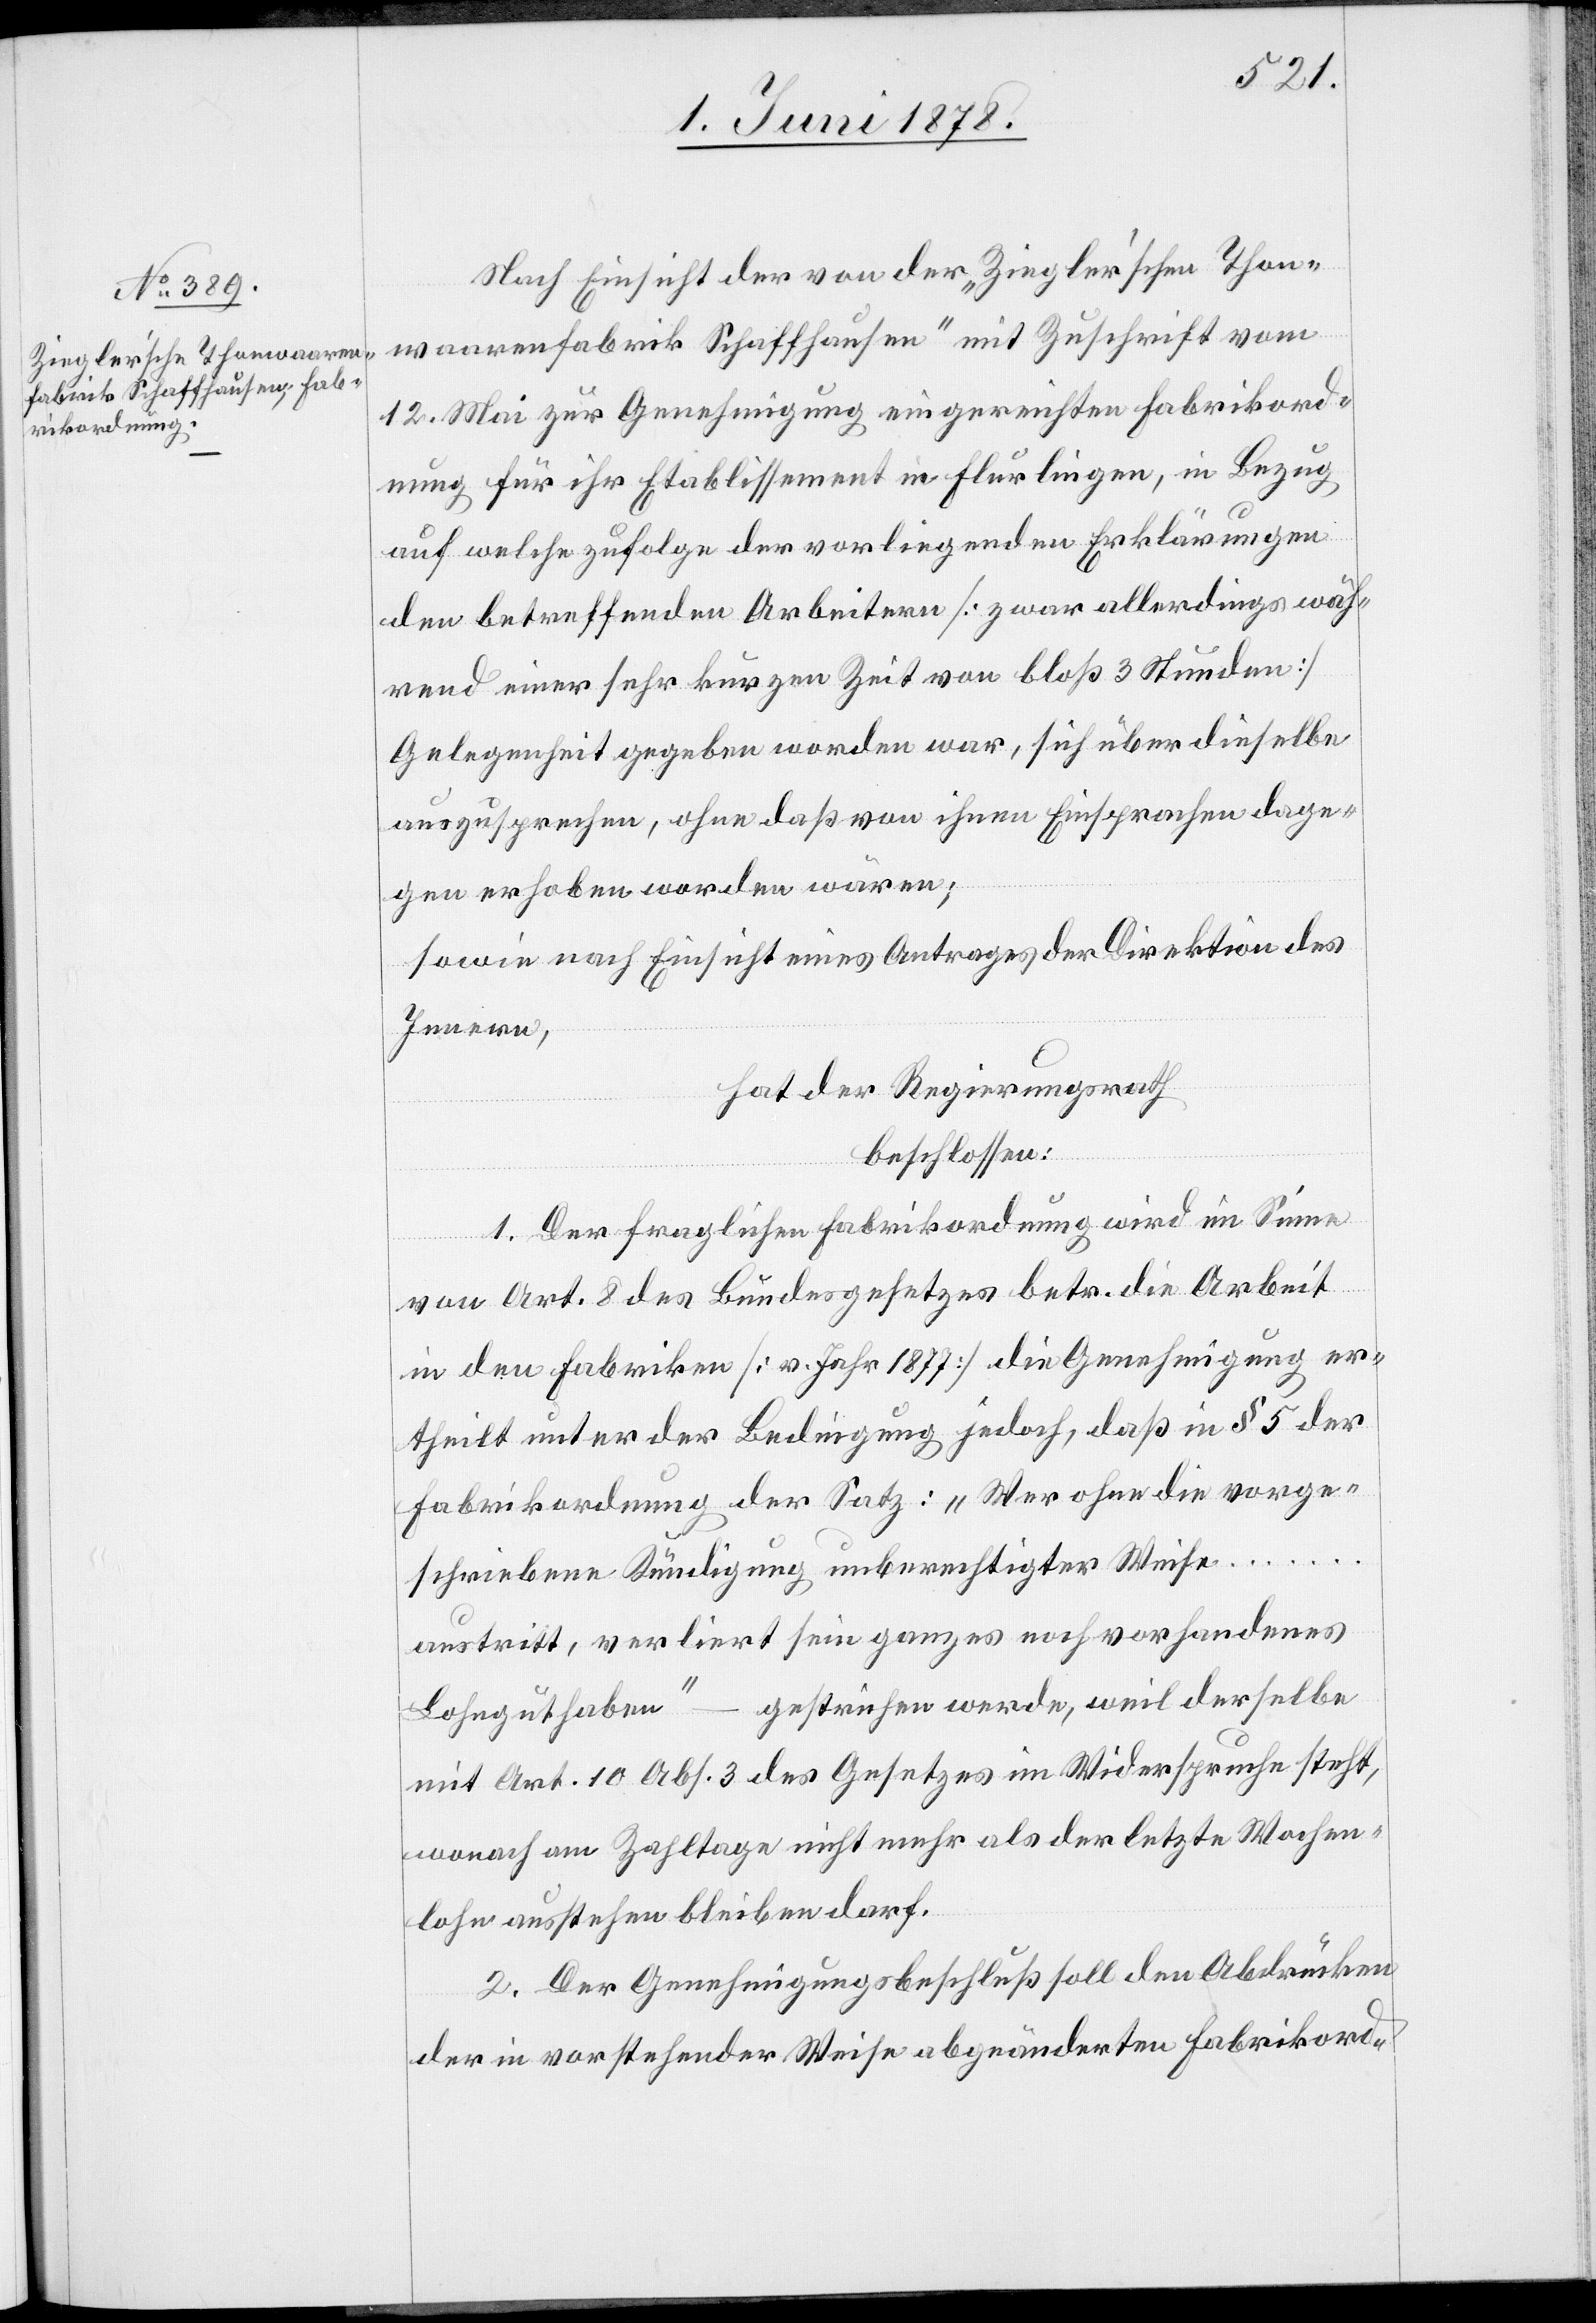
Nach Einsicht der von der „Ziegler’schen Thon¬
waarenfabrik Schaffhausen“ mit Zuschrift vom
12. Mai zur Genehmigung eingereichten Fabrikord¬
nung für ihr Etablissement in Flurlingen, in Bezug
auf welche zufolge der vorliegenden Erklärungen
den betreffenden Arbeitern [zwar allerdings wäh¬
rend einer sehr kurzen Zeit von bloß 3 Stunden]
Gelegenheit gegeben worden war, sich über dieselbe
auszusprechen, ohne daß von ihnen Einsprachen dage¬
gen erhoben worden wären;
sowie nach Einsicht eines Antrages der Direktion des
Innern,
hat der Regierungsrath
beschlossen:
1. Der fraglichen Fabrikordnung wird im Sinne
……
von Art. 8 des Bundesgesetzes betr. die Arbeit
in den Fabriken [v. Jahr 1877] die Genehmigung er¬
theilt unter der Bedingung jedoch, daß in § 5 der
Fabrikordnung der Satz: „Wer ohne die vorge¬
schriebene Kündigung unberechtigter Weise
austritt, verliert sein ganzes noch vorhandenes
gestrichen werde, weil derselbe
Lohnguthaben“
mit Art. 10 Abs. 3 des Gesetzes im Widerspruche steht,
wonach am Zahltage nicht mehr als der letzte Wochen¬
lohn ausstehend bleiben darf.
2. Der Genehmigungsbeschluß soll den Abdrücken
der in vorstehender Weise abgeänderten Fabrikord-